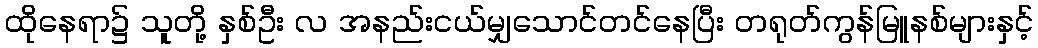
ထိုနေရာ၌ သူတို့ နှစ်ဦး လ အနည်းငယ်မျှသောင်တင်နေပြီး တရုတ်ကွန်မြူနစ်များနှင့်